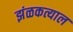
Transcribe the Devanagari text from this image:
झंळकत्याल